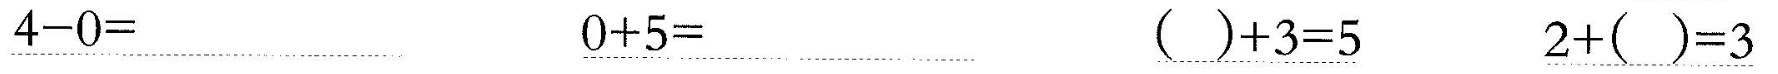
\underline{$$4 - 0 =$$} \underline{$$0 + 5 =$$} \underline{$$( ) + 3 = 5$$} \underline{$$2 + ( ) = 3$$}